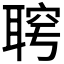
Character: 𦖓